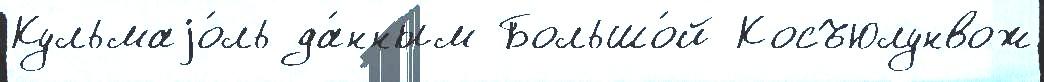
Кульмаjо́ль да́нным Большо́й Косъюлунвож